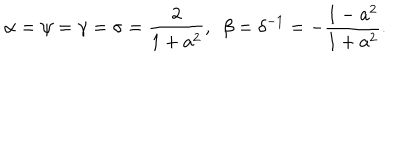
LaTeX: \alpha = \psi = \gamma = \sigma = \frac { 2 } { 1 + a ^ { 2 } } , \ \ \beta = \delta ^ { - 1 } = - \frac { 1 - a ^ { 2 } } { 1 + a ^ { 2 } } .